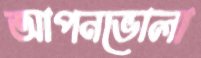
আপনভোলা